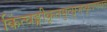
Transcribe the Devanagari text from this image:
किंत्वङ्गीकृतमुत्सृजन्कृपणवत्